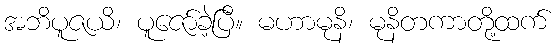
အဘိပူဇယိ၊ ပူဇော်ခဲ့ပြီ။ မဟာမုနိ၊ မုနိတကာတို့ထက်